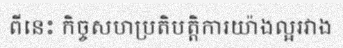
ពីនេះ កិច្ចសហប្រតិបត្តិការយ៉ាងល្អរវាង